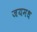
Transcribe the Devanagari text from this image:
जयमध